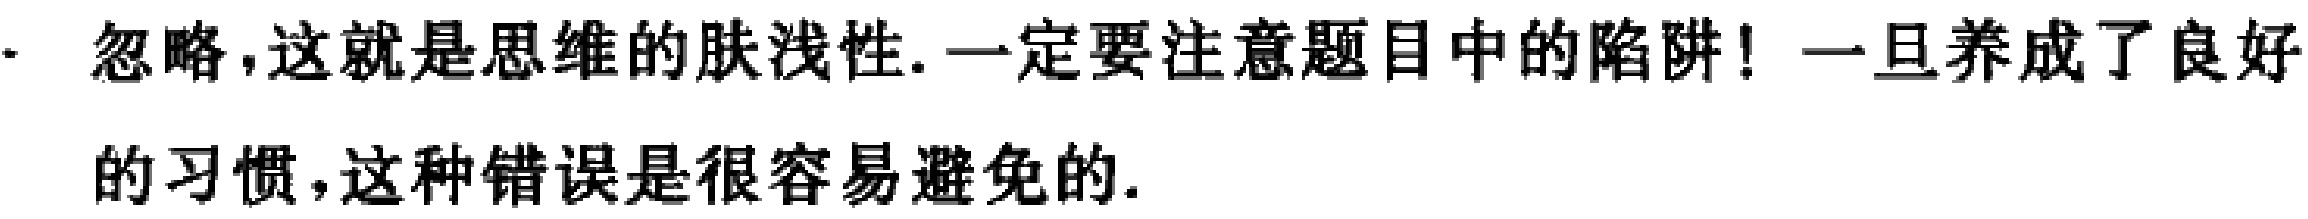
忽略,这就是思维的肤浅性.一定要注意题目中的陷阱！一旦养成了良好的习惯,这种错误是很容易避免的.